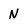
Character: N